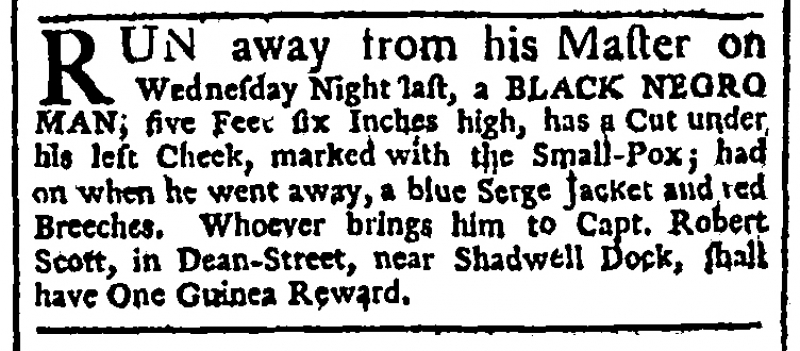
Gazetteer and London Daily Advertiser, 19 December 1760 (England)
RUN away from his Master on Wednesday Night last, a BLACK NEGRO MAN; five Feet five Inches high, has a Cut under his left Cheek, marked with the Small-Pox; had on when he went away, a blue Serge Jacket and red Breeches. Whoever brings him to Capt. Robert Scott, in Dean Street, near Shadwell Dock, shall have One Guinea Reward.